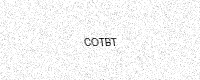
Text: COTBT